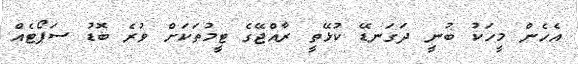
އެހެން މީހަކު ބުނީ ދަގަނޑޭ ކުޅޭތީ ރާއްޖޭގެ ޓީމުތަކަށް ވުރެ ބޮޑު ސަޕޯޓެއް